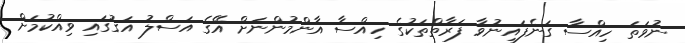
ނުވަތަ ހިއްސާ ގަނެފައިނުވާ ފަރާތްތަކުގެ ހިއްސާ އާންމުންނަށް އޭގެ އަސްލު އަގުގައި ވިއްކުމަށް